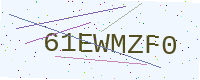
Text: 61EWMZF0